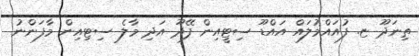
ތިނަދޫ ޏ. ފުއައްމުލައް އައްޑޫ ސިޓީއިން ފޭދޫ އަދި މާލެ ސިޓިއިން މާފަންނު